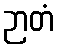
ဉာတံ